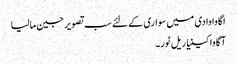
اگاوا وادی میں سواری کے لئے سب تصویر جین مالیا
آگاوا کینیا ریل ٹور۔